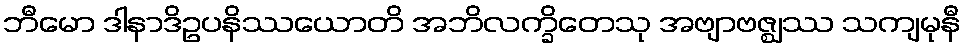
ဘီမော ဒါနာဒိဥပနိဿယောတိ အဘိလက္ခိတေသု အဗျာဗဇ္ဈဿ သကျမုနီ